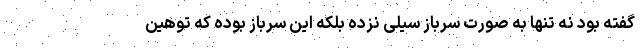
گفته بود نه تنها به صورت سرباز سیلی نزده بلکه این سرباز بوده که توهین